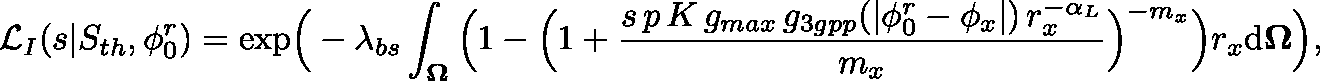
\mathcal { L } _ { I } ( s | S _ { t h } , \phi _ { 0 } ^ { r } ) = \mathrm { { e x p } } \Big ( - \lambda _ { b s } \int _ { \mathbf { \Omega } } \Big ( 1 - \Big ( 1 + \frac { s \, p \, K \, g _ { m a x } \, g _ { 3 g p p } ( | \phi _ { 0 } ^ { r } - \phi _ { x } | ) \, r _ { x } ^ { - \alpha _ { L } } } { m _ { x } } \Big ) ^ { - m _ { x } } \Big ) r _ { x } \mathrm { d } \mathbf { \Omega } \Big ) ,